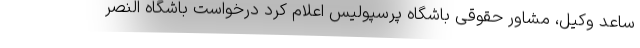
ساعد وکیل، مشاور حقوقی باشگاه پرسپولیس اعلام کرد درخواست باشگاه النصر